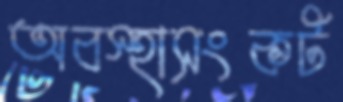
অবস্হাসংকট